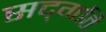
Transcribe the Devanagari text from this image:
सद्‍गति